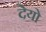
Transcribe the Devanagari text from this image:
देयो